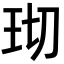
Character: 𬍔